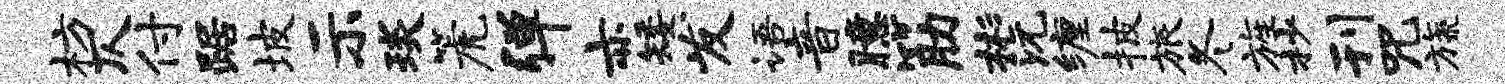
枋仄付踞坡示琰篪弹亦矮发语音臆筋彬沅缠披旅冬旌杪刊咒旒